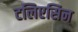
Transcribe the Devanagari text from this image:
टलिएसिन